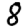
Digit: 8